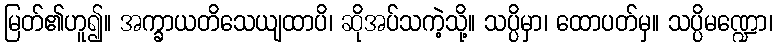
မြတ်၏ဟူ၍။ အက္ခာယတိသေယျထာပိ၊ ဆိုအပ်သကဲ့သို့။ သပ္ပိမှာ၊ ထောပတ်မှ။ သပ္ပိမဏ္ဍော၊